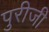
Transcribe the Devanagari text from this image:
पुरीजी